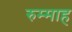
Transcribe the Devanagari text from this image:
रुम्माह